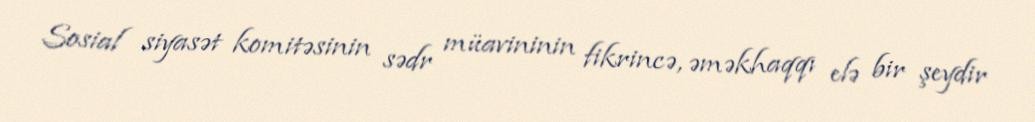
Sosial siyasət komitəsinin sədr müavininin fikrincə, əməkhaqqı elə bir şeydir